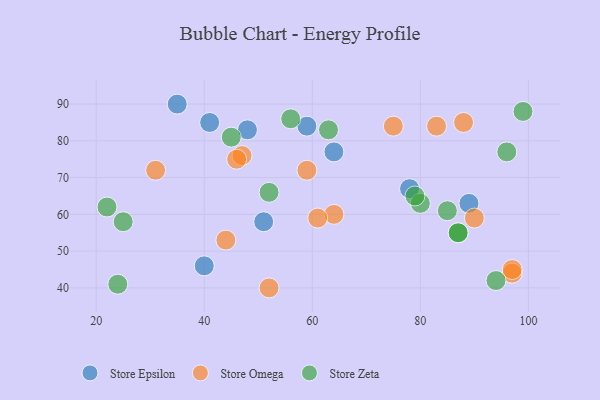
{"axis": {"x": "GDP", "y": "Life Expectancy"}, "legend": ["Store Epsilon", "Store Omega", "Store Zeta"], "data": [{"x": "41", "y": 85, "type": "Store Epsilon"}, {"x": "64", "y": 77, "type": "Store Epsilon"}, {"x": "40", "y": 46, "type": "Store Epsilon"}, {"x": "89", "y": 63, "type": "Store Epsilon"}, {"x": "78", "y": 67, "type": "Store Epsilon"}, {"x": "48", "y": 83, "type": "Store Epsilon"}, {"x": "51", "y": 58, "type": "Store Epsilon"}, {"x": "35", "y": 90, "type": "Store Epsilon"}, {"x": "59", "y": 84, "type": "Store Epsilon"}, {"x": "64", "y": 60, "type": "Store Omega"}, {"x": "83", "y": 84, "type": "Store Omega"}, {"x": "61", "y": 59, "type": "Store Omega"}, {"x": "88", "y": 85, "type": "Store Omega"}, {"x": "90", "y": 59, "type": "Store Omega"}, {"x": "97", "y": 44, "type": "Store Omega"}, {"x": "44", "y": 53, "type": "Store Omega"}, {"x": "47", "y": 76, "type": "Store Omega"}, {"x": "75", "y": 84, "type": "Store Omega"}, {"x": "46", "y": 75, "type": "Store Omega"}, {"x": "97", "y": 45, "type": "Store Omega"}, {"x": "52", "y": 40, "type": "Store Omega"}, {"x": "31", "y": 72, "type": "Store Omega"}, {"x": "59", "y": 72, "type": "Store Omega"}, {"x": "87", "y": 55, "type": "Store Zeta"}, {"x": "80", "y": 63, "type": "Store Zeta"}, {"x": "24", "y": 41, "type": "Store Zeta"}, {"x": "79", "y": 65, "type": "Store Zeta"}, {"x": "22", "y": 62, "type": "Store Zeta"}, {"x": "94", "y": 42, "type": "Store Zeta"}, {"x": "99", "y": 88, "type": "Store Zeta"}, {"x": "85", "y": 61, "type": "Store Zeta"}, {"x": "87", "y": 55, "type": "Store Zeta"}, {"x": "63", "y": 83, "type": "Store Zeta"}, {"x": "45", "y": 81, "type": "Store Zeta"}, {"x": "56", "y": 86, "type": "Store Zeta"}, {"x": "52", "y": 66, "type": "Store Zeta"}, {"x": "96", "y": 77, "type": "Store Zeta"}, {"x": "25", "y": 58, "type": "Store Zeta"}]}